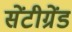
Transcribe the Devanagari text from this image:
सेंटीग्रेंड